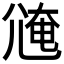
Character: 𡯸